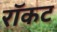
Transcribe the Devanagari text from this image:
रॉकट